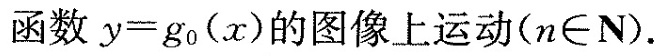
函数$$y = g _ { 0 } ( x )$$的图像上运动(n \in \mathbf{N})